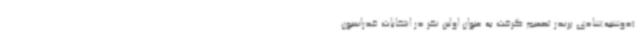
(دوشنبه)شادی پریدر تصمیم گرفت به عنوان اولین نفر در انتخابات فدراسیون